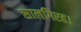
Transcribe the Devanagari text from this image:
सालगिरह।